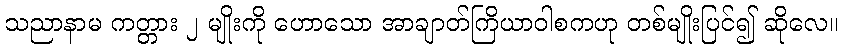
သညာနာမ ကတ္တား ၂ မျိုးကို ဟောသော အာချာတ်ကြိယာဝါစကဟု တစ်မျိုးပြင်၍ ဆိုလေ။